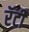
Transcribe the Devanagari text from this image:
रॅटी